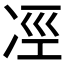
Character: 𠗊